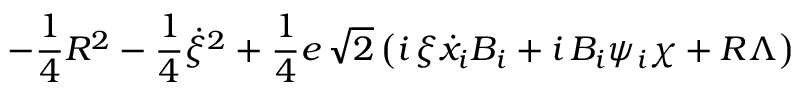
- \frac { 1 } { 4 } R ^ { 2 } - \frac { 1 } { 4 } \dot { \xi } ^ { 2 } + \frac { 1 } { 4 } e \, \sqrt { 2 } \left( i \, \xi \dot { x } _ { i } { \cal { B } } _ { i } + i \, { \cal { B } } _ { i } \psi _ { i } \chi + R \Lambda \right)